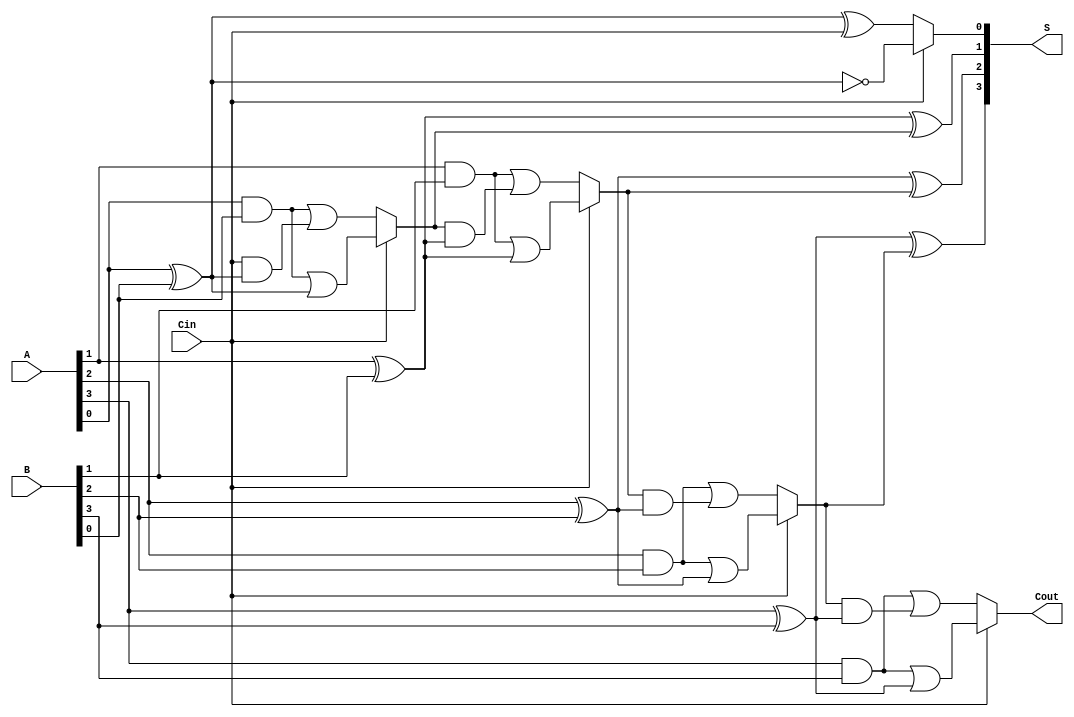
module ConditionalSumAdder #(parameter n = 4) (
    input  [n-1:0] A,      // First n-bit input
    input  [n-1:0] B,      // Second n-bit input
    input          Cin,     // Carry-in
    output [n-1:0] S,      // Sum output
    output         Cout     // Carry-out
);

    wire [n-1:0] S0;       // Partial sums without carry-in
    wire [n-1:0] S1;       // Partial sums with carry-in
    wire [n-1:0] C0;       // Carry signals without carry-in
    wire [n-1:0] C1;       // Carry signals with carry-in
    wire [n-1:0] C;        // Final carry signals

    // Generate partial sums and carry signals
    genvar i;
    generate
        for (i = 0; i < n; i = i + 1) begin : CSA
            // Calculate partial sums
            assign S0[i] = A[i] ^ B[i] ^ (i == 0 ? Cin : C[i-1]);
            assign S1[i] = A[i] ^ B[i] ^ (i == 0 ? 1'b1 : C[i-1]);

            // Calculate carry signals
            assign C0[i] = (A[i] & B[i]) | ((i == 0 ? Cin : C[i-1]) & (A[i] ^ B[i]));
            assign C1[i] = (A[i] & B[i]) | (1'b1 & (A[i] ^ B[i])); // Carry with Cin assumed

            // Select carry for the next bit
            assign C[i] = Cin ? C1[i] : C0[i];
        end
    endgenerate

    // Final sum and carry-out
    assign S = Cin ? S1 : S0;
    assign Cout = C[n-1];

endmodule